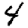
Digit: 4